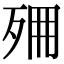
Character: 𣧺